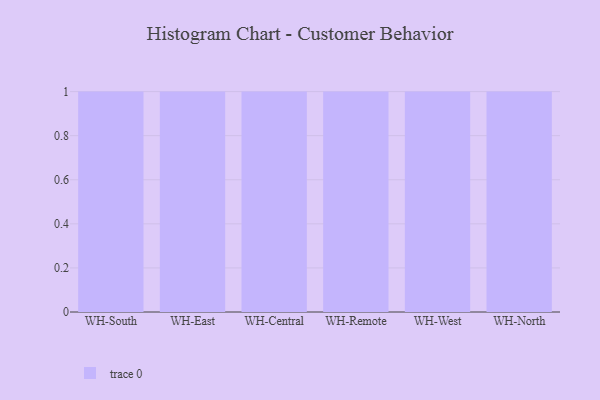
{"axis": {"x": "Warehouse", "y": "LTV (USD)"}, "legend": [""], "data": [{"x": "WH-South", "y": 29, "type": ""}, {"x": "WH-East", "y": 54, "type": ""}, {"x": "WH-Central", "y": 18, "type": ""}, {"x": "WH-Remote", "y": 13, "type": ""}, {"x": "WH-West", "y": 58, "type": ""}, {"x": "WH-North", "y": 25, "type": ""}]}